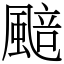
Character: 䬏